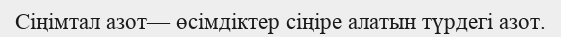
Сіңімтал азот— өсімдіктер сіңіре алатын түрдегі азот.